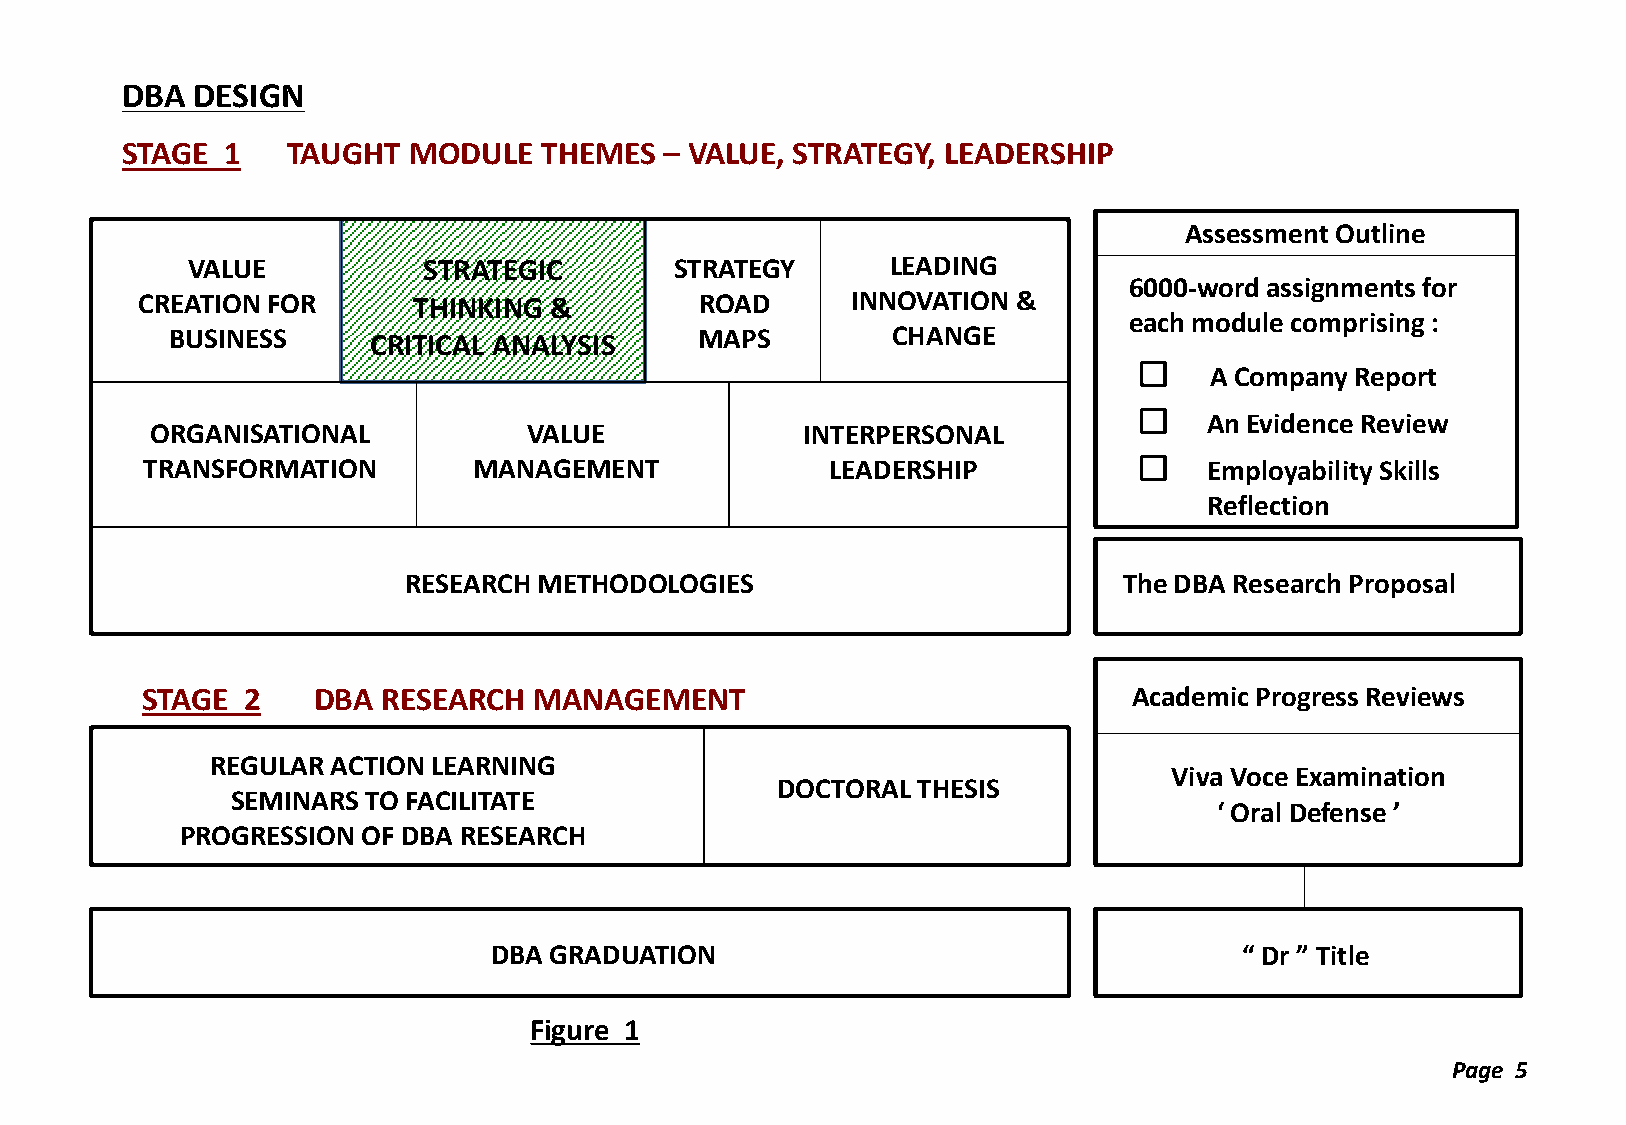
DBA  DESIGN
 STAGE  1   TAUGHT  MODULE   THEMES  – VALUE, STRATEGY, LEADERSHIP
 Assessment Outline
 VALUE           STRATEGIC        STRATEGY      LEADING
 6000-word assignments for
 CREATION FOR      THINKING &         ROAD      INNOVATION &
 each module comprising :
 BUSINESS     CRITICAL ANALYSIS     MAPS         CHANGE
 A Company Report
 An Evidence Review
 ORGANISATIONAL           VALUE             INTERPERSONAL
 TRANSFORMATION        MANAGEMENT              LEADERSHIP               Employability Skills
 Reflection
 RESEARCH METHODOLOGIES                         The DBA Research Proposal
 STAGE  2    DBA RESEARCH  MANAGEMENT                              Academic Progress Reviews
 REGULAR ACTION LEARNING
 Viva Voce Examination
 DOCTORAL  THESIS
 SEMINARS TO FACILITATE
 ‘ Oral Defense ’
 PROGRESSION OF DBA RESEARCH
 DBA GRADUATION                                    “ Dr ” Title
 Figure 1
 Page 5